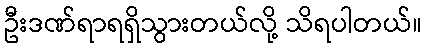
ဦးဒဏ်ရာရရှိသွားတယ်လို့ သိရပါတယ်။